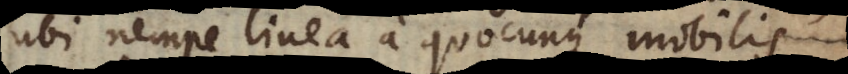
ubi nempe linea a quocunque mobilis